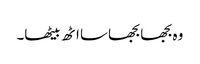
وہ بجھا بجھا سا اٹھ بیٹھا۔